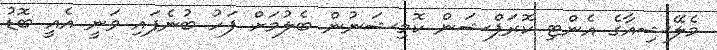
މެލޭޝިއާގެ އެންޓި ކޮރަޕްޝަން ކޮމިޝަނުން ބެލުމަށް ފަހު ބުނެފައި ވަނީ އެއީ ބޮޑު